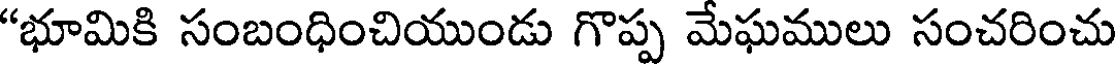
"భూమికి సంబంధించియుండు గొప్ప మేఘములు సంచరించు